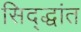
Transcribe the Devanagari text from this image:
सिद्द्धांत